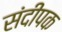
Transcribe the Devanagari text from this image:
संदीपक